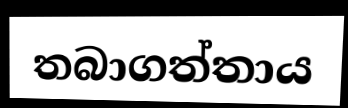
තබාගත්තාය